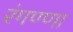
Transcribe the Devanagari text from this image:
रंगण्णा